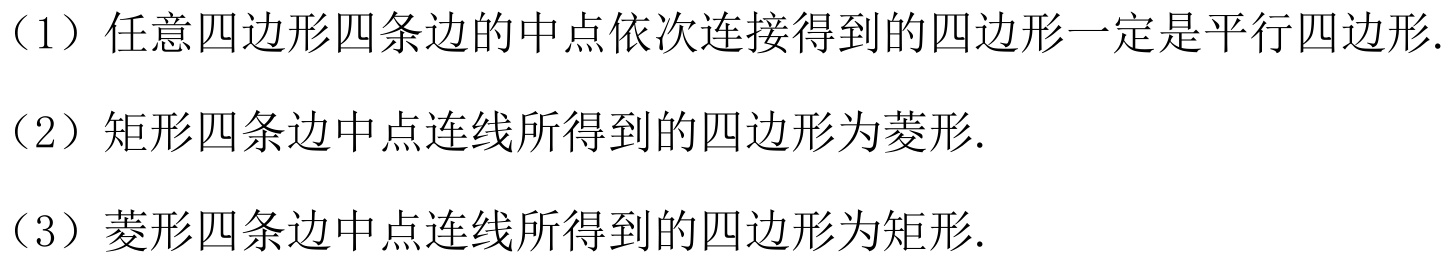
（1）任意四边形四条边的中点依次连接得到的四边形一定是平行四边形.
（2）矩形四条边中点连线所得到的四边形为菱形.
（3）菱形四条边中点连线所得到的四边形为矩形.